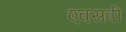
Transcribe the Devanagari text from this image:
एक्सवी